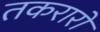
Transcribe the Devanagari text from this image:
तकरारों